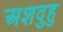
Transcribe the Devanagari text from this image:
अशदुहु